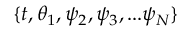
\{ t , \theta _ { 1 } , \psi _ { 2 } , \psi _ { 3 } , . . . \psi _ { N } \}